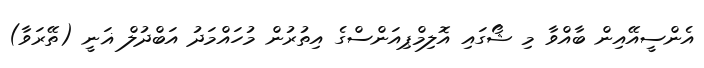
އެންސީއޭއިން ބާއްވާ މި ޝޯގައި އޮލިމްޕިއަންސްގެ އިތުރުން މުހައްމަދު އަބްދުލް ޣަނީ (ތޭރަވާ)